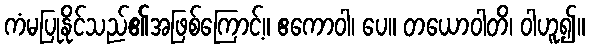
ကံမပြုနိုင်သည်၏အဖြစ်ကြောင့်။ ဧကောဝါ၊ ပေ။ တယောဝါတိ၊ ဝါဟူ၍။